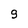
Character: g